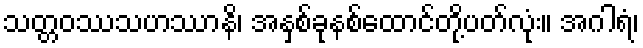
သတ္တဝဿသဟဿာနိ၊ အနှစ်ခုနစ်ထောင်တို့ပတ်လုံး။ အဂါရံ၊